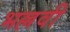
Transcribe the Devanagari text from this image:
भल्लवी